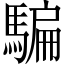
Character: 騙